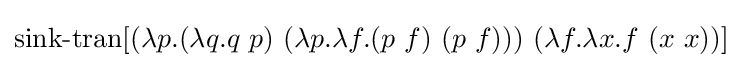
\operatorname {sink-tran} [(\lambda p.(\lambda q.q\ p)\ (\lambda p.\lambda f.(p\ f)\ (p\ f)))\ (\lambda f.\lambda x.f\ (x\ x))]